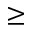
\geq